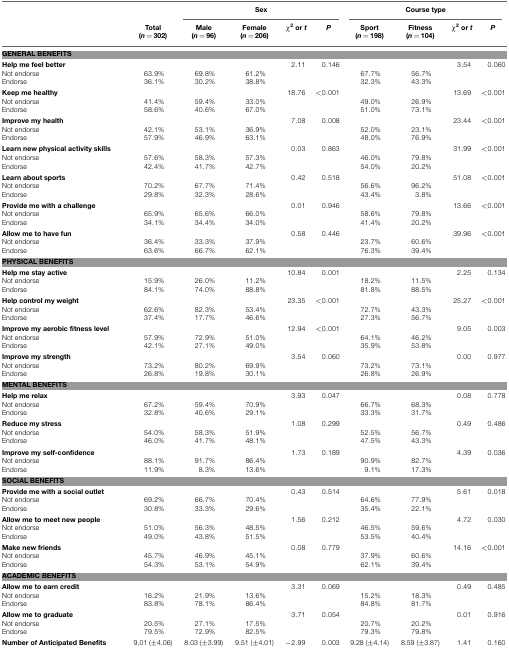
<table><thead><tr><td></td><td></td><td colspan="4"><b>Sex</b></td><td colspan="4"><b>Course type</b></td></tr><tr><td></td><td><b>Total (<i>n</i> = 302)</b></td><td><b>Male (<i>n</i> = 96)</b></td><td><b>Female (<i>n</i> = 206)</b></td><td><b>χ<sup>2</sup> or <i>t</i></b></td><td><b><i>P</i></b></td><td><b>Sport (<i>n</i> = 198)</b></td><td><b>Fitness (<i>n</i> = 104)</b></td><td><b>χ<sup>2</sup> or <i>t</i></b></td><td><b><i>P</i></b></td></tr></thead><tbody><tr><td colspan="10"><b>GENERAL BENEFITS</b></td></tr><tr><td><b>Help me feel better</b></td><td></td><td></td><td></td><td>2.11</td><td>0.146</td><td></td><td></td><td>3.54</td><td>0.060</td></tr><tr><td>Not endorse</td><td>63.9%</td><td>69.8%</td><td>61.2%</td><td></td><td></td><td>67.7%</td><td>56.7%</td><td></td><td></td></tr><tr><td>Endorse</td><td>36.1%</td><td>30.2%</td><td>38.8%</td><td></td><td></td><td>32.3%</td><td>43.3%</td><td></td><td></td></tr><tr><td><b>Keep me healthy</b></td><td></td><td></td><td></td><td>18.76</td><td>&lt;0.001</td><td></td><td></td><td>13.69</td><td>&lt;0.001</td></tr><tr><td>Not endorse</td><td>41.4%</td><td>59.4%</td><td>33.0%</td><td></td><td></td><td>49.0%</td><td>26.9%</td><td></td><td></td></tr><tr><td>Endorse</td><td>58.6%</td><td>40.6%</td><td>67.0%</td><td></td><td></td><td>51.0%</td><td>73.1%</td><td></td><td></td></tr><tr><td><b>Improve my health</b></td><td></td><td></td><td></td><td>7.08</td><td>0.008</td><td></td><td></td><td>23.44</td><td>&lt;0.001</td></tr><tr><td>Not endorse</td><td>42.1%</td><td>53.1%</td><td>36.9%</td><td></td><td></td><td>52.0%</td><td>23.1%</td><td></td><td></td></tr><tr><td>Endorse</td><td>57.9%</td><td>46.9%</td><td>63.1%</td><td></td><td></td><td>48.0%</td><td>76.9%</td><td></td><td></td></tr><tr><td><b>Learn new physical activity skills</b></td><td></td><td></td><td></td><td>0.03</td><td>0.863</td><td></td><td></td><td>31.99</td><td>&lt;0.001</td></tr><tr><td>Not endorse</td><td>57.6%</td><td>58.3%</td><td>57.3%</td><td></td><td></td><td>46.0%</td><td>79.8%</td><td></td><td></td></tr><tr><td>Endorse</td><td>42.4%</td><td>41.7%</td><td>42.7%</td><td></td><td></td><td>54.0%</td><td>20.2%</td><td></td><td></td></tr><tr><td><b>Learn about sports</b></td><td></td><td></td><td></td><td>0.42</td><td>0.518</td><td></td><td></td><td>51.08</td><td>&lt;0.001</td></tr><tr><td>Not endorse</td><td>70.2%</td><td>67.7%</td><td>71.4%</td><td></td><td></td><td>56.6%</td><td>96.2%</td><td></td><td></td></tr><tr><td>Endorse</td><td>29.8%</td><td>32.3%</td><td>28.6%</td><td></td><td></td><td>43.4%</td><td>3.8%</td><td></td><td></td></tr><tr><td><b>Provide me with a challenge</b></td><td></td><td></td><td></td><td>0.01</td><td>0.946</td><td></td><td></td><td>13.66</td><td>&lt;0.001</td></tr><tr><td>Not endorse</td><td>65.9%</td><td>65.6%</td><td>66.0%</td><td></td><td></td><td>58.6%</td><td>79.8%</td><td></td><td></td></tr><tr><td>Endorse</td><td>34.1%</td><td>34.4%</td><td>34.0%</td><td></td><td></td><td>41.4%</td><td>20.2%</td><td></td><td></td></tr><tr><td><b>Allow me to have fun</b></td><td></td><td></td><td></td><td>0.58</td><td>0.446</td><td></td><td></td><td>39.96</td><td>&lt;0.001</td></tr><tr><td>Not endorse</td><td>36.4%</td><td>33.3%</td><td>37.9%</td><td></td><td></td><td>23.7%</td><td>60.6%</td><td></td><td></td></tr><tr><td>Endorse</td><td>63.6%</td><td>66.7%</td><td>62.1%</td><td></td><td></td><td>76.3%</td><td>39.4%</td><td></td><td></td></tr><tr><td colspan="10"><b>PHYSICAL BENEFITS</b></td></tr><tr><td><b>Help me stay active</b></td><td></td><td></td><td></td><td>10.84</td><td>0.001</td><td></td><td></td><td>2.25</td><td>0.134</td></tr><tr><td>Not endorse</td><td>15.9%</td><td>26.0%</td><td>11.2%</td><td></td><td></td><td>18.2%</td><td>11.5%</td><td></td><td></td></tr><tr><td>Endorse</td><td>84.1%</td><td>74.0%</td><td>88.8%</td><td></td><td></td><td>81.8%</td><td>88.5%</td><td></td><td></td></tr><tr><td><b>Help control my weight</b></td><td></td><td></td><td></td><td>23.35</td><td>&lt;0.001</td><td></td><td></td><td>25.27</td><td>&lt;0.001</td></tr><tr><td>Not endorse</td><td>62.6%</td><td>82.3%</td><td>53.4%</td><td></td><td></td><td>72.7%</td><td>43.3%</td><td></td><td></td></tr><tr><td>Endorse</td><td>37.4%</td><td>17.7%</td><td>46.6%</td><td></td><td></td><td>27.3%</td><td>56.7%</td><td></td><td></td></tr><tr><td><b>Improve my aerobic fitness level</b></td><td></td><td></td><td></td><td>12.94</td><td>&lt;0.001</td><td></td><td></td><td>9.05</td><td>0.003</td></tr><tr><td>Not endorse</td><td>57.9%</td><td>72.9%</td><td>51.0%</td><td></td><td></td><td>64.1%</td><td>46.2%</td><td></td><td></td></tr><tr><td>Endorse</td><td>42.1%</td><td>27.1%</td><td>49.0%</td><td></td><td></td><td>35.9%</td><td>53.8%</td><td></td><td></td></tr><tr><td><b>Improve my strength</b></td><td></td><td></td><td></td><td>3.54</td><td>0.060</td><td></td><td></td><td>0.00</td><td>0.977</td></tr><tr><td>Not endorse</td><td>73.2%</td><td>80.2%</td><td>69.9%</td><td></td><td></td><td>73.2%</td><td>73.1%</td><td></td><td></td></tr><tr><td>Endorse</td><td>26.8%</td><td>19.8%</td><td>30.1%</td><td></td><td></td><td>26.8%</td><td>26.9%</td><td></td><td></td></tr><tr><td colspan="10"><b>MENTAL BENEFITS</b></td></tr><tr><td><b>Help me relax</b></td><td></td><td></td><td></td><td>3.93</td><td>0.047</td><td></td><td></td><td>0.08</td><td>0.778</td></tr><tr><td>Not endorse</td><td>67.2%</td><td>59.4%</td><td>70.9%</td><td></td><td></td><td>66.7%</td><td>68.3%</td><td></td><td></td></tr><tr><td>Endorse</td><td>32.8%</td><td>40.6%</td><td>29.1%</td><td></td><td></td><td>33.3%</td><td>31.7%</td><td></td><td></td></tr><tr><td><b>Reduce my stress</b></td><td></td><td></td><td></td><td>1.08</td><td>0.299</td><td></td><td></td><td>0.49</td><td>0.486</td></tr><tr><td>Not endorse</td><td>54.0%</td><td>58.3%</td><td>51.9%</td><td></td><td></td><td>52.5%</td><td>56.7%</td><td></td><td></td></tr><tr><td>Endorse</td><td>46.0%</td><td>41.7%</td><td>48.1%</td><td></td><td></td><td>47.5%</td><td>43.3%</td><td></td><td></td></tr><tr><td><b>Improve my self-confidence</b></td><td></td><td></td><td></td><td>1.73</td><td>0.189</td><td></td><td></td><td>4.39</td><td>0.036</td></tr><tr><td>Not endorse</td><td>88.1%</td><td>91.7%</td><td>86.4%</td><td></td><td></td><td>90.9%</td><td>82.7%</td><td></td><td></td></tr><tr><td>Endorse</td><td>11.9%</td><td>8.3%</td><td>13.6%</td><td></td><td></td><td>9.1%</td><td>17.3%</td><td></td><td></td></tr><tr><td colspan="10"><b>SOCIAL BENEFITS</b></td></tr><tr><td><b>Provide me with a social outlet</b></td><td></td><td></td><td></td><td>0.43</td><td>0.514</td><td></td><td></td><td>5.61</td><td>0.018</td></tr><tr><td>Not endorse</td><td>69.2%</td><td>66.7%</td><td>70.4%</td><td></td><td></td><td>64.6%</td><td>77.9%</td><td></td><td></td></tr><tr><td>Endorse</td><td>30.8%</td><td>33.3%</td><td>29.6%</td><td></td><td></td><td>35.4%</td><td>22.1%</td><td></td><td></td></tr><tr><td><b>Allow me to meet new people</b></td><td></td><td></td><td></td><td>1.56</td><td>0.212</td><td></td><td></td><td>4.72</td><td>0.030</td></tr><tr><td>Not endorse</td><td>51.0%</td><td>56.3%</td><td>48.5%</td><td></td><td></td><td>46.5%</td><td>59.6%</td><td></td><td></td></tr><tr><td>Endorse</td><td>49.0%</td><td>43.8%</td><td>51.5%</td><td></td><td></td><td>53.5%</td><td>40.4%</td><td></td><td></td></tr><tr><td><b>Make new friends</b></td><td></td><td></td><td></td><td>0.08</td><td>0.779</td><td></td><td></td><td>14.16</td><td>&lt;0.001</td></tr><tr><td>Not endorse</td><td>45.7%</td><td>46.9%</td><td>45.1%</td><td></td><td></td><td>37.9%</td><td>60.6%</td><td></td><td></td></tr><tr><td>Endorse</td><td>54.3%</td><td>53.1%</td><td>54.9%</td><td></td><td></td><td>62.1%</td><td>39.4%</td><td></td><td></td></tr><tr><td colspan="10"><b>ACADEMIC BENEFITS</b></td></tr><tr><td><b>Allow me to earn credit</b></td><td></td><td></td><td></td><td>3.31</td><td>0.069</td><td></td><td></td><td>0.49</td><td>0.485</td></tr><tr><td>Not endorse</td><td>16.2%</td><td>21.9%</td><td>13.6%</td><td></td><td></td><td>15.2%</td><td>18.3%</td><td></td><td></td></tr><tr><td>Endorse</td><td>83.8%</td><td>78.1%</td><td>86.4%</td><td></td><td></td><td>84.8%</td><td>81.7%</td><td></td><td></td></tr><tr><td><b>Allow me to graduate</b></td><td></td><td></td><td></td><td>3.71</td><td>0.054</td><td></td><td></td><td>0.01</td><td>0.916</td></tr><tr><td>Not endorse</td><td>20.5%</td><td>27.1%</td><td>17.5%</td><td></td><td></td><td>20.7%</td><td>20.2%</td><td></td><td></td></tr><tr><td>Endorse</td><td>79.5%</td><td>72.9%</td><td>82.5%</td><td></td><td></td><td>79.3%</td><td>79.8%</td><td></td><td></td></tr><tr><td><b>Number of Anticipated Benefits</b></td><td>9.01 (±4.06)</td><td>8.03 (±3.99)</td><td>9.51 (±4.01)</td><td>−2.99</td><td>0.003</td><td>9.28 (±4.14)</td><td>8.59 (±3.87)</td><td>1.41</td><td>0.160</td></tr></tbody></table>